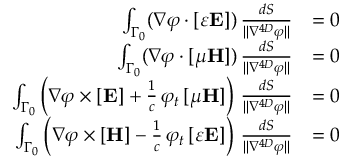
{ \begin{array} { r l } { \int _ { \Gamma _ { 0 } } ( \nabla \varphi \cdot [ \varepsilon \mathbf { E } ] ) \, { \frac { d S } { \| \nabla ^ { 4 D } \varphi \| } } } & { = 0 } \\ { \int _ { \Gamma _ { 0 } } ( \nabla \varphi \cdot [ \mu \mathbf { H } ] ) \, { \frac { d S } { \| \nabla ^ { 4 D } \varphi \| } } } & { = 0 } \\ { \int _ { \Gamma _ { 0 } } \left( \nabla \varphi \times [ \mathbf { E } ] + { \frac { 1 } { c } } \, \varphi _ { t } \, [ \mu \mathbf { H } ] \right) \, { \frac { d S } { \| \nabla ^ { 4 D } \varphi \| } } } & { = 0 } \\ { \int _ { \Gamma _ { 0 } } \left( \nabla \varphi \times [ \mathbf { H } ] - { \frac { 1 } { c } } \, \varphi _ { t } \, [ \varepsilon \mathbf { E } ] \right) \, { \frac { d S } { \| \nabla ^ { 4 D } \varphi \| } } } & { = 0 } \end{array} }